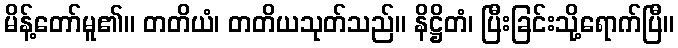
မိန့်တော်မူ၏။ တတိယံ၊ တတိယသုတ်သည်။ နိဋ္ဌိတံ၊ ပြီးခြင်းသို့ရောက်ပြီ။